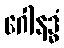
ဂေါနဒ္ဓံ